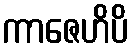
ကာဇေဟိပိ